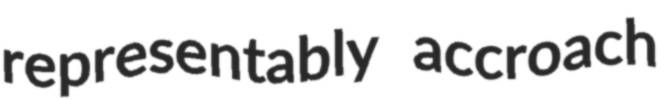
representably accroach